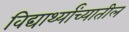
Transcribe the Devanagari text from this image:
विद्यार्थ्यांच्यातील